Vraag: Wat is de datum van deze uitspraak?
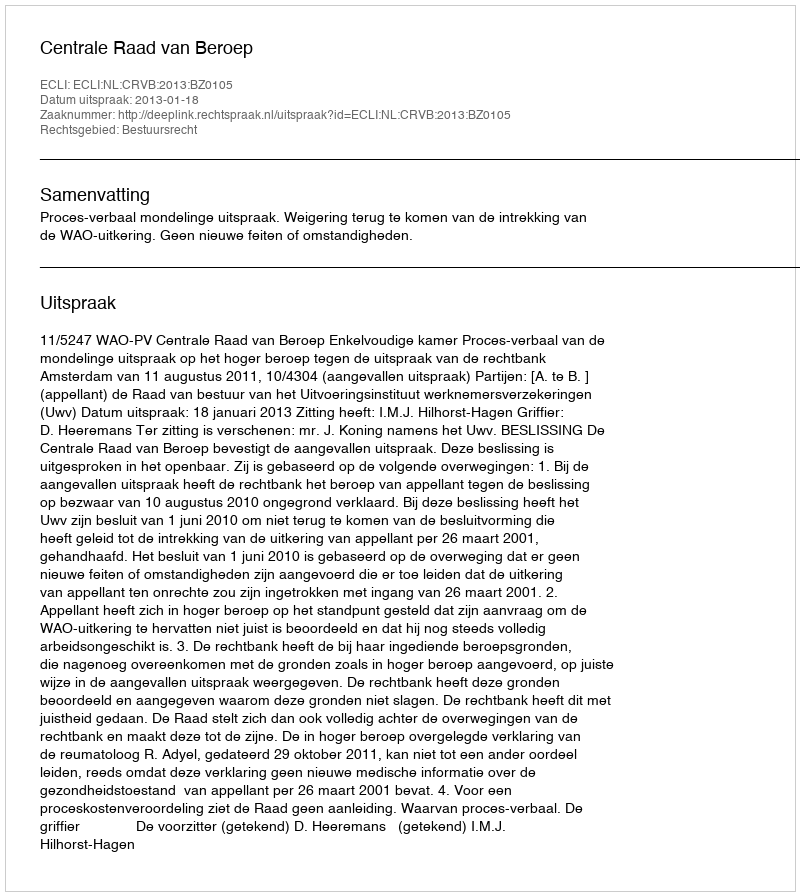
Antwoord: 2013-01-18